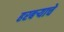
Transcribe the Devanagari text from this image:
हरबऱ्याचे